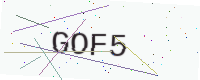
Text: GOF5